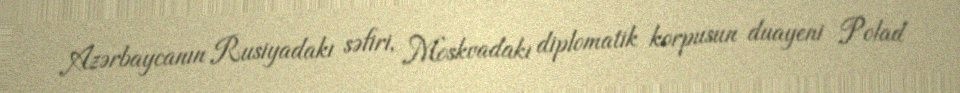
Azərbaycanın Rusiyadakı səfiri, Moskvadakı diplomatik korpusun duayeni Polad